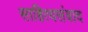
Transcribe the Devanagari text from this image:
साहित्यसंवाद